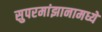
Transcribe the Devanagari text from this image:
सुपरमांझानामध्ये